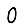
Digit: 0